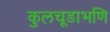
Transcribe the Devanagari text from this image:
कुलचूडाभणि